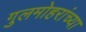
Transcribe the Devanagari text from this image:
गुलमोहरांच्या